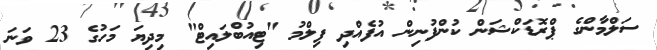
ސަލްމާންގެ ޕްރޮޑަކްޝަން ކުންފުނިން އުފެއްދި ފިލްމު "ޓިއުބްލައިޓް" މިދިޔަ މަހުގެ 23 ވަނަ